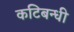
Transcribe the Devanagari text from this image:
कटिबन्धी